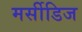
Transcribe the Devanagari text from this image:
मर्सीडिज